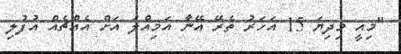
"މިއީ މިދިޔަ 15 އަހަރު ތެރޭ އޭނާ އަމިއްލަ އަށް އެއްޗެއް އުފުލި